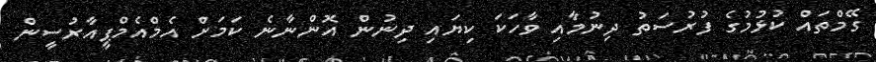
ގޭމްތައް ކުޅުމުގެ ފުރުސަތު ދިނުމާއި ވާހަކަ ކިޔައި ދިނުން އޮންނާނެ ކަމަށް އެމްއެމްޕީއާރުސީން